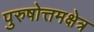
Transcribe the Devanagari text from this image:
पुरुषोत्तमक्षेत्र